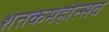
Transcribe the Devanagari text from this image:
शतकमहोत्सव